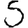
Digit: 5